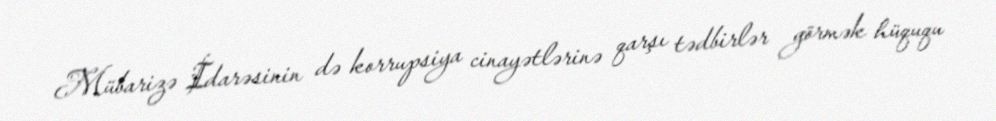
Mübarizə İdarəsinin də korrupsiya cinayətlərinə qarşı tədbirlər görmək hüququ